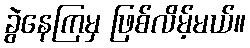
ခွဲနေကြမှ ဖြစ်လိမ့်မယ်။